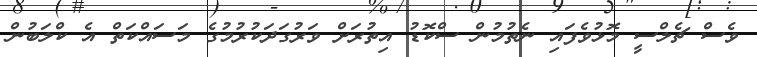
ވެސް ޗެލްސީ މޮޅުވެފައި ނެތުމުން ސްކޮޑު އިތުރަށް ވަރުގަދަކުރުމުގެ މަސައްކަތް އެ ކްލަބުން